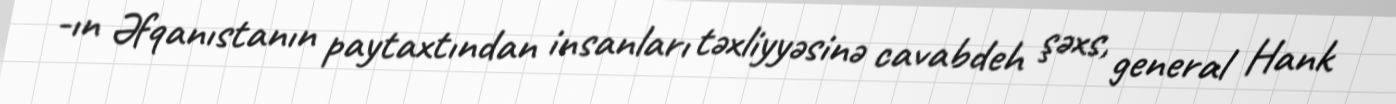
-ın Əfqanıstanın paytaxtından insanları təxliyyəsinə cavabdeh şəxs, general Hank